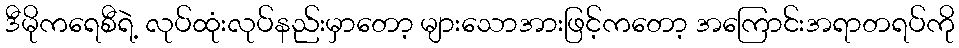
ဒီမိုကရေစီရဲ့ လုပ်ထုံးလုပ်နည်းမှာတော့ များသောအားဖြင့်ကတော့ အကြောင်းအရာတရပ်ကို